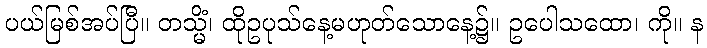
ပယ်မြစ်အပ်ပြီ။ တသ္မိံ၊ ထိုဥပုသ်နေ့မဟုတ်သောနေ့၌။ ဥပေါသထော၊ ကို။ န